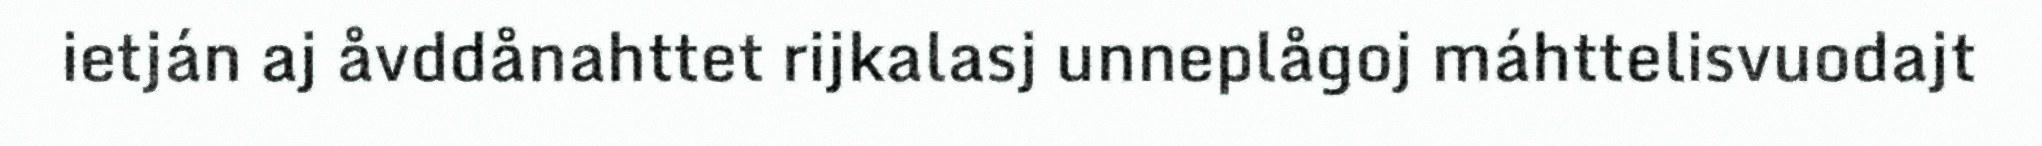
ietján aj åvddånahttet rijkalasj unneplågoj máhttelisvuodajt